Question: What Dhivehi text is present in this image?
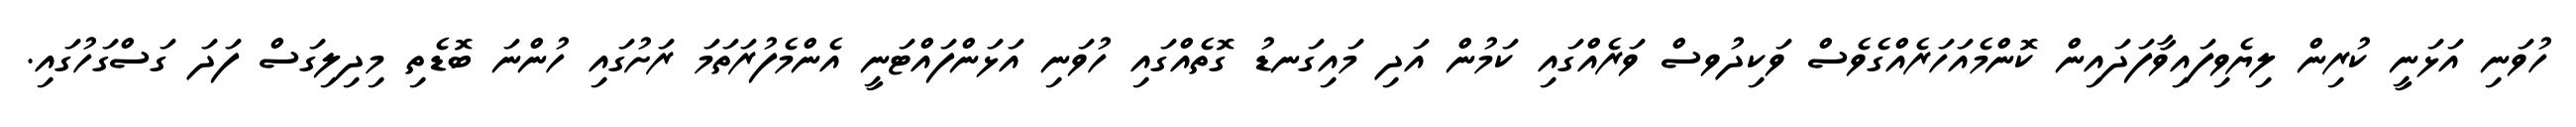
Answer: ހުވަނި އަޅަނީ ކުރިން ލިޔެވިފައިވާފަދައިން ކޮންމެއަހަރެއްގެވެސް ވަކިދުވސް ވަރެއްގައި ކަމުން އަދި މައިގަނޑު ގޮތެއްގައި ހުވަނި އަޅަންފައްޓަނީ އެންމެފުރަތަމަ ރަށުގައި ހުންނަ ބޮޑެތި މިދިލިގަސް ފަދަ ގަސްގަހުގައި.